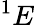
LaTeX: ^{1}E